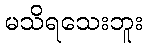
မသိရသေးဘူး